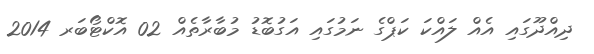
ދިއްދޫގައި އެއް ލައްކަ ކަޕްގެ ނަމުގައި އަގުބޮޑު މުބާރާތެއް 02 އޮކްޓޯބަރ 2014